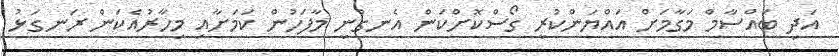
އަދި ބައްސާމް މަގާމަށް އައްޔަންކުރީ ގޯސްކޮށްކަން އެނގުނީ މާފަހުން ކަމަށާއި މިހާރުއެކަން ރަނގަޅު